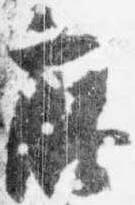
藤